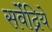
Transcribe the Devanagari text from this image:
सर्वेंद्रिये